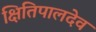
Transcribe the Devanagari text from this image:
क्षितिपालदेव